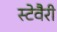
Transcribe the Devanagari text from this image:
स्टेवैरी